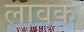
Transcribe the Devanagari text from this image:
लावक